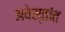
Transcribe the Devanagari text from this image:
अवेस्तांत